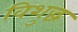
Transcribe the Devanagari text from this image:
विशुद्धं